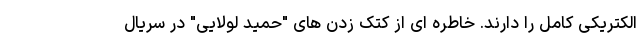
الکتریکی کامل را دارند. خاطره ای از کتک زدن های "حمید لولایی" در سریال